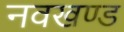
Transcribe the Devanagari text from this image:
नवखण्ड